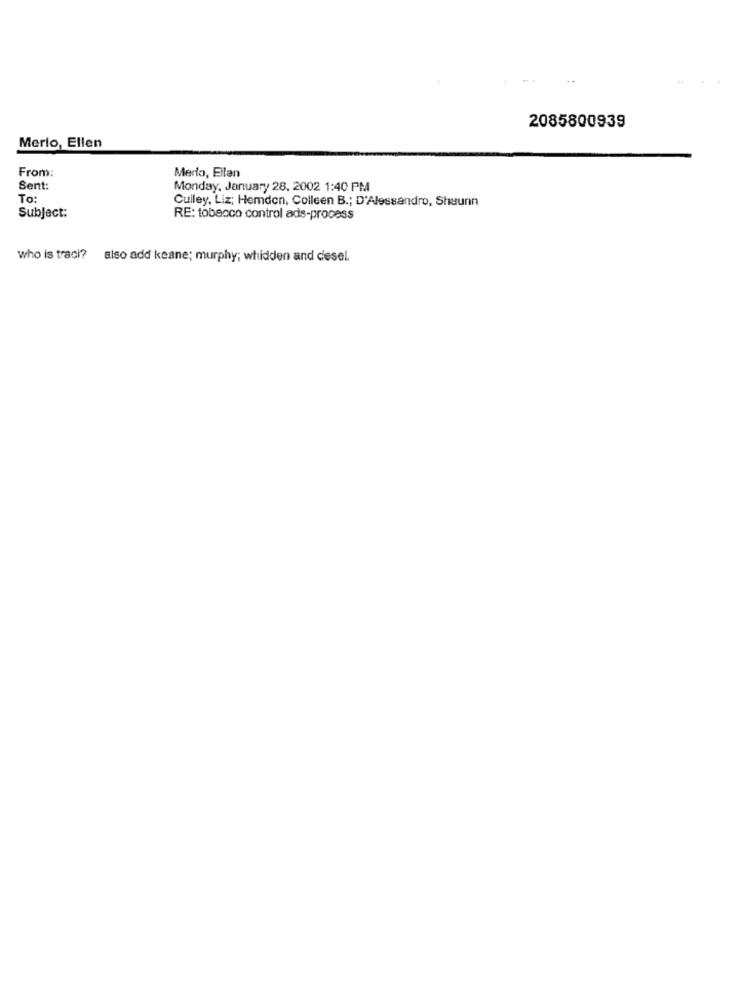
2085800939
Merlo, Ellen
From:
Merlo, Eilan
Sent:
Monday, January 28, 2002 1:40 PM
To:
Cuiley, Liz; Hemden, Colleen B .; D'Alessandro, Shuunn
Subject:
RE: tobacco control ads-process
who is traci? also add keane; murphy; whidden and desel.